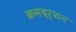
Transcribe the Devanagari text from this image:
क्रमदर्शन